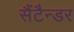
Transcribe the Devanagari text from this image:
सैंटैन्डर